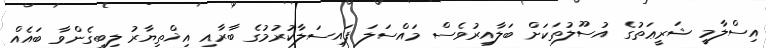
އިސްލާމީ ޝަރީޢަތުގެ އުސޫލުތަކަށް ބަލާއިރުވެސް މައްސަލަ ފައިސަލާކުރުމުގެ ބާރާއި އިޚްތިޔާރު ލިބިގެންވާ ބައެއް